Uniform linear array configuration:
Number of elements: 16
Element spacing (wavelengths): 1
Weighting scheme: kaiser
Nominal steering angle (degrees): -60
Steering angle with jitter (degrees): -61.453
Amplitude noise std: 0.05
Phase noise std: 0.05

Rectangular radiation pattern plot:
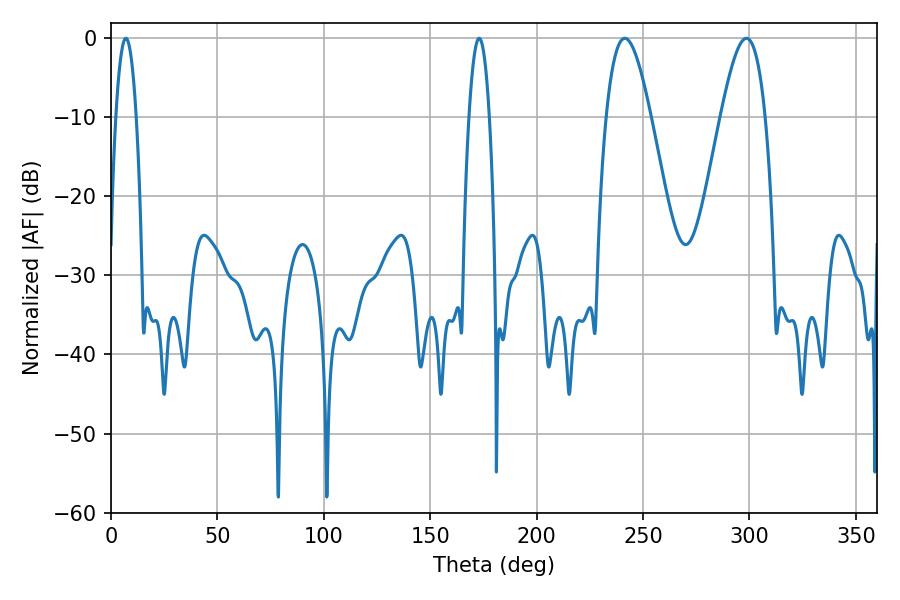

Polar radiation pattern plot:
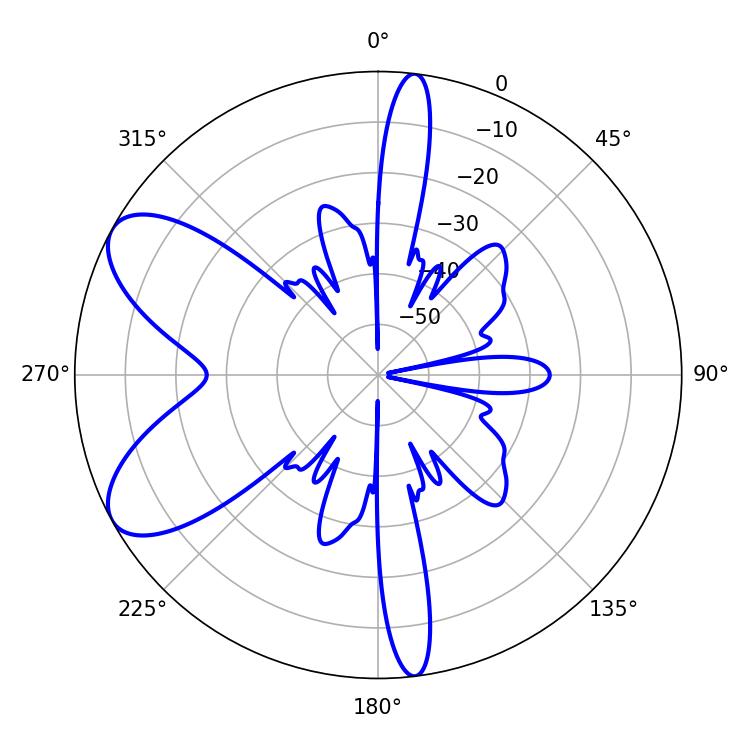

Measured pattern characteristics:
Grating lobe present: TRUE
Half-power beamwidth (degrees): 11.34
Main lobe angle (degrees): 241.38